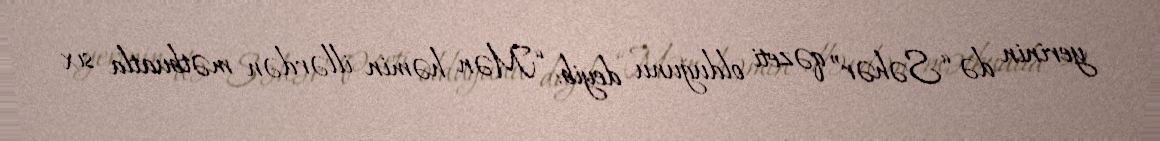
yerinin də “Səhər” qəzeti olduğunu deyib: “Mən həmin illərdən mətbuatla sıx